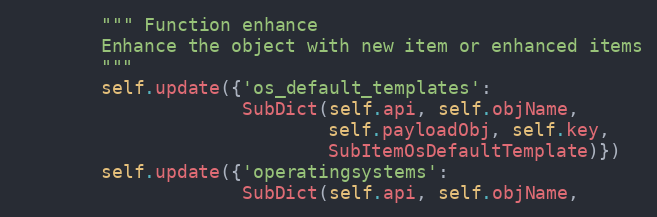
Language: Python
        """ Function enhance
        Enhance the object with new item or enhanced items
        """
        self.update({'os_default_templates':
                     SubDict(self.api, self.objName,
                             self.payloadObj, self.key,
                             SubItemOsDefaultTemplate)})
        self.update({'operatingsystems':
                     SubDict(self.api, self.objName,